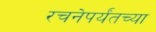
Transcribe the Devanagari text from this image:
रचनेपर्यंतच्या